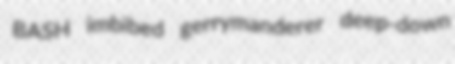
BASH imbibed gerrymanderer deep-down